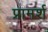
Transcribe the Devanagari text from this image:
प्रामर्श